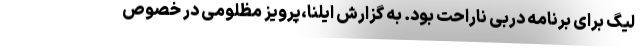
لیگ برای برنامه دربی ناراحت بود. به گزارش ایلنا،پرویز مظلومی در خصوص